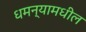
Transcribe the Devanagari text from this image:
धमन्यामधील